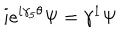
LaTeX: i e ^ { i \gamma _ { 5 } \theta } \Psi = \gamma ^ { 1 } \Psi